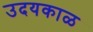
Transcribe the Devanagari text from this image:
उदयकाळ